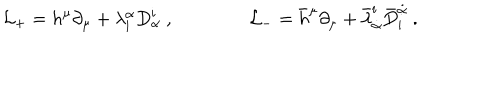
LaTeX: { \mathcal L } _ { + } = h ^ { \mu } \partial _ { \mu } + \lambda _ { \mathbf i } ^ { \alpha } D _ { \alpha } ^ { \mathbf i } \ , \qquad \qquad { \mathcal L } _ { - } = { \bar { h } } ^ { \mu } \partial _ { \mu } + { \bar { \lambda } } _ { \dot { \alpha } } ^ { \mathbf i } { \bar { D } } _ { \mathbf i } ^ { \dot { \alpha } } \ .